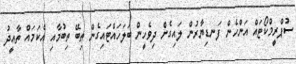
ސުޕްރީމްކޯޓައް އަންހެން ފަނޑިޔާރުން ލައިގެން ދިވެހީން ބަލަހައްޓައިގެން ތިބޭ ތިބުމާއި އެކަމައް ތާއީދު